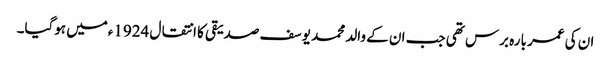
ان کی عمر بارہ برس تھی جب ان کے والد محمد یوسف صدیقی کا انتقال 1924ءمیں ہوگیا۔